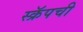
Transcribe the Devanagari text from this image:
स्क्रॅपची